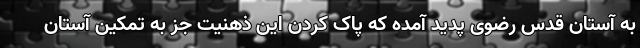
به آستان قدس رضوی پدید آمده که پاک کردن این ذهنیت جز به تمکین آستان